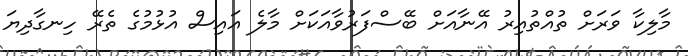
މާލިކާ ވަރަށް ތުއްތުއިރު އޭނާއަށް ބޭސްފަރުވާއަކަށް މާލެ އައިސް އުޅުމުގެ ތެރޭ ހިނގާދިޔަ